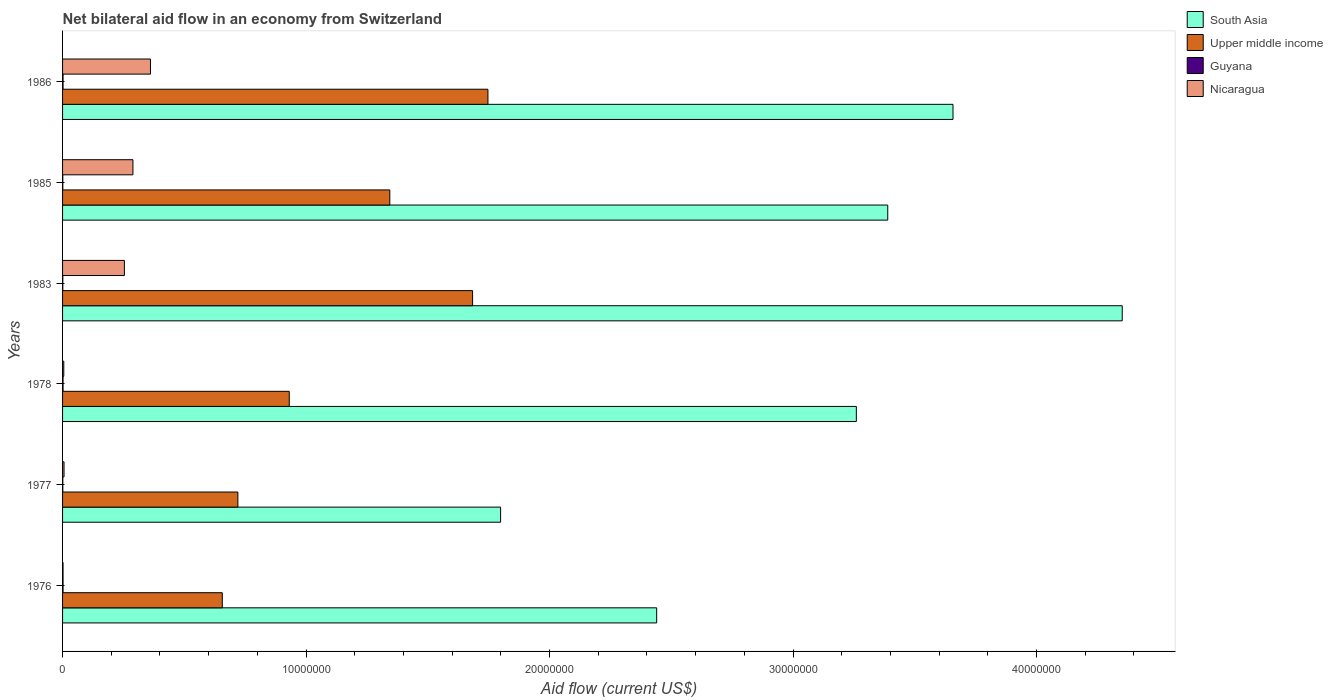
| Years | South Asia | Upper middle income | Guyana | Nicaragua |
 | --- | --- | --- | --- | --- |
 | 1976 | 2.44e+07 | 6.56e+06 | 2e+04 | 2e+04 |
 | 1977 | 1.8e+07 | 7.2e+06 | 1e+04 | 6e+04 |
 | 1978 | 3.26e+07 | 9.31e+06 | 2e+04 | 5e+04 |
 | 1983 | 4.35e+07 | 1.68e+07 | 1e+04 | 2.54e+06 |
 | 1985 | 3.39e+07 | 1.34e+07 | 1e+04 | 2.89e+06 |
 | 1986 | 3.66e+07 | 1.75e+07 | 2e+04 | 3.61e+06 |